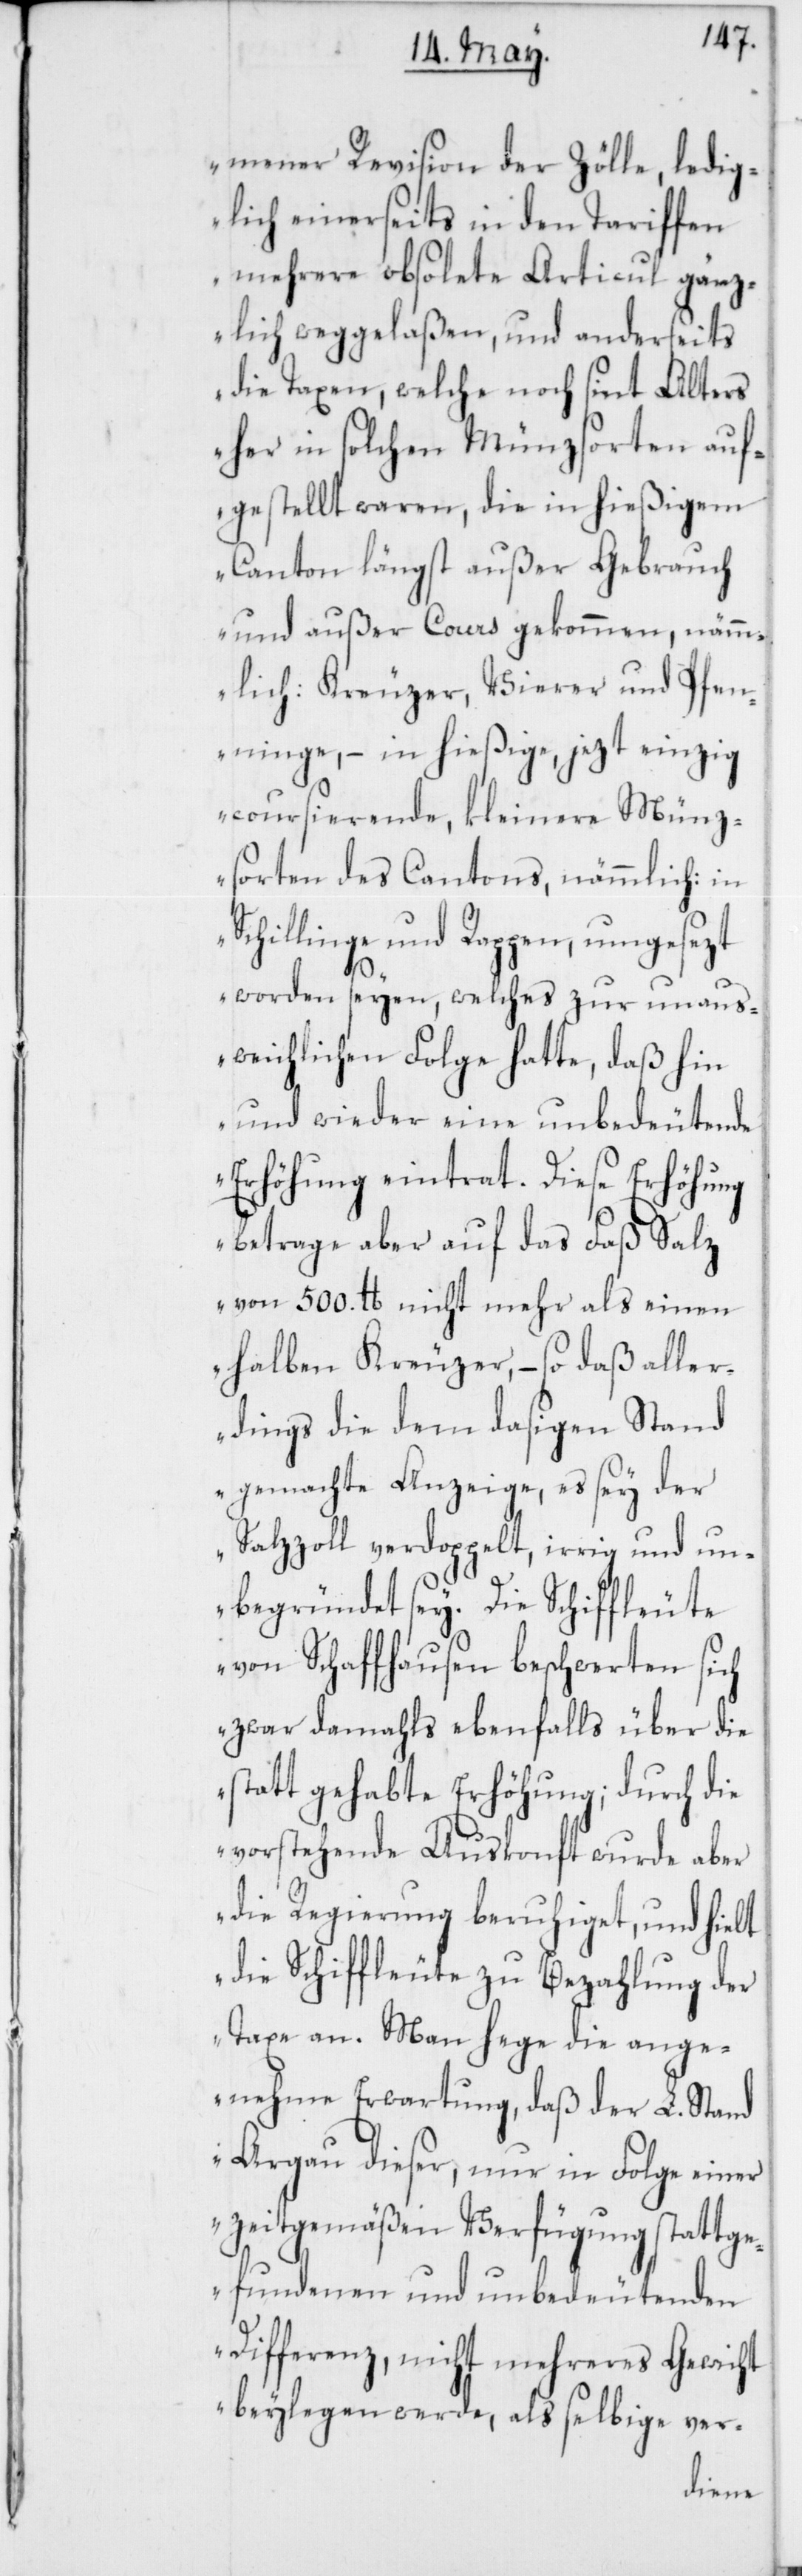
mener Revision der Zölle, ledig¬
lich einerseits in den Tariffen
mehrere obsolete Articul gänz¬
lich weggelaßen, und anderseits
die Taxen, welche noch sint Alters
her in solchen Münzsorten auf¬
gestellt waren, die in hießigem
Canton längst außer Gebrauch
und außer Cours gekommen, nämm¬
lich: Kreuzer, Vierer und Pfen¬
ninge, – in hießige, jezt einzig
coursierende, kleinere Münz¬
sorten des Cantons, nämmlich: in
Schillinge und Rappen, umgesezt
worden seyen, welches zur unaus¬
weichlichen Folge hatte, daß hin
und wieder eine unbedeutende
Erhöhung eintrat. Diese Erhöhung
betrage aber auf das Faß Salz
von 500. lb. nicht mehr als einen
halben Kreuzer, – so daß aller¬
dings die dem dasigen Stand
gemachte Anzeige, es sey der
Salzzoll verdoppelt, irrig und un¬
begründet sey. Die Schiffleute
von Schaffhausen beschwerten sich
zwar damahls ebenfalls über die
statt gehabte Erhöhung; durch die
vorstehende Auskonft wurde aber
die Regierung beruhiget, und hielt
die Schiffleute zu Bezahlung der
Taxe an. Man hege die ange¬
nehme Erwartung, daß der L. Stand
Argau dieser, nur in Folge einer
zeitgemäßen Verfügung stattge¬
fundenen und unbedeutenden
Differenz, nicht mehreres Gewicht
beylegen werde, als selbige ver-